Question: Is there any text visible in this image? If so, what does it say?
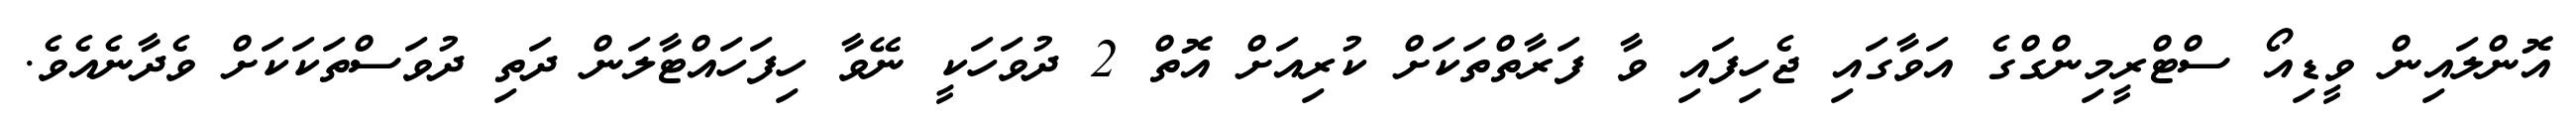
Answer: އޮންލައިން ވީޑިއޯ ސްޓްރީމިންގްގެ އަވާގައި ޖެހިފައި ވާ ފަރާތްތަކަށް ކުރިއަށް އޮތް 2 ދުވަހަކީ ނޭވާ ހިފަހައްޓާލަން ދަތި ދުވަސްތަކަކަށް ވެދާނެއެވެ.